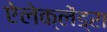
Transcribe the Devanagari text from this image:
ऐलेक्लेंड्रा